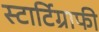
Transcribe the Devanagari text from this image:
स्टार्टिग्राफी